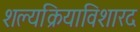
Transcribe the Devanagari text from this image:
शल्यक्रियाविशारद